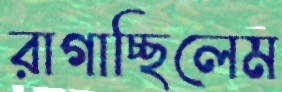
রাগাচ্ছিলেম